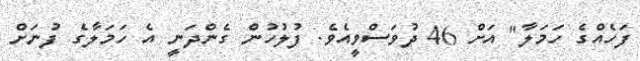
ފަހެއްގެ ހަމަލާ" އަށް 46 ދުވަސްވީއެވެ. ފުލުހުން ގެންދަނީ އެ ހަމަލާގެ ފުނަށް